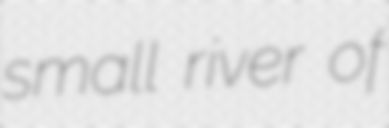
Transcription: small river of